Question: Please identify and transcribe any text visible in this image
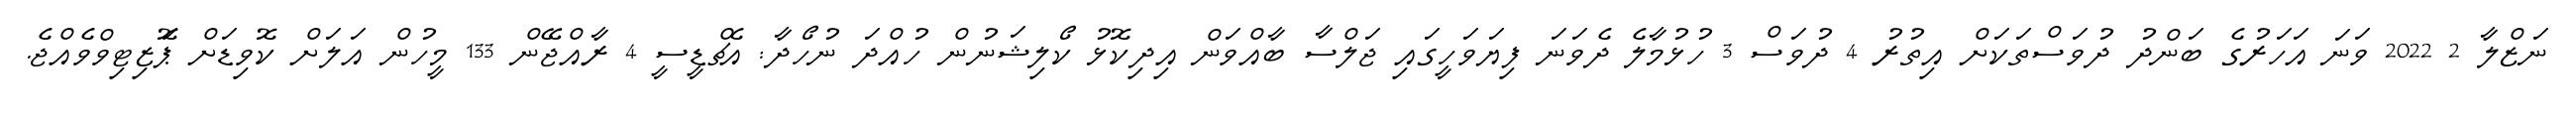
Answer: ނަޒްލާ 2 2022 ވަނަ އަހަރުގެ ބަންދު ދުވަސްތަކަށް އިތުރު 4 ދުވަސް 3 ހުޅުމާލެ ދެވަނަ ފިޔަވަހީގައި ޖަލްސާ ބާއްވަން އިދިކޮޅު ކޯލިޝަނުން ހުއްދަ ނުހޯދާ: އެޗްޑީސީ 4 ރާއްޖޭން 133 މީހުން އަލަށް ކޮވިޑަށް ޕަޮޒިޓިވްވެއްޖެ.